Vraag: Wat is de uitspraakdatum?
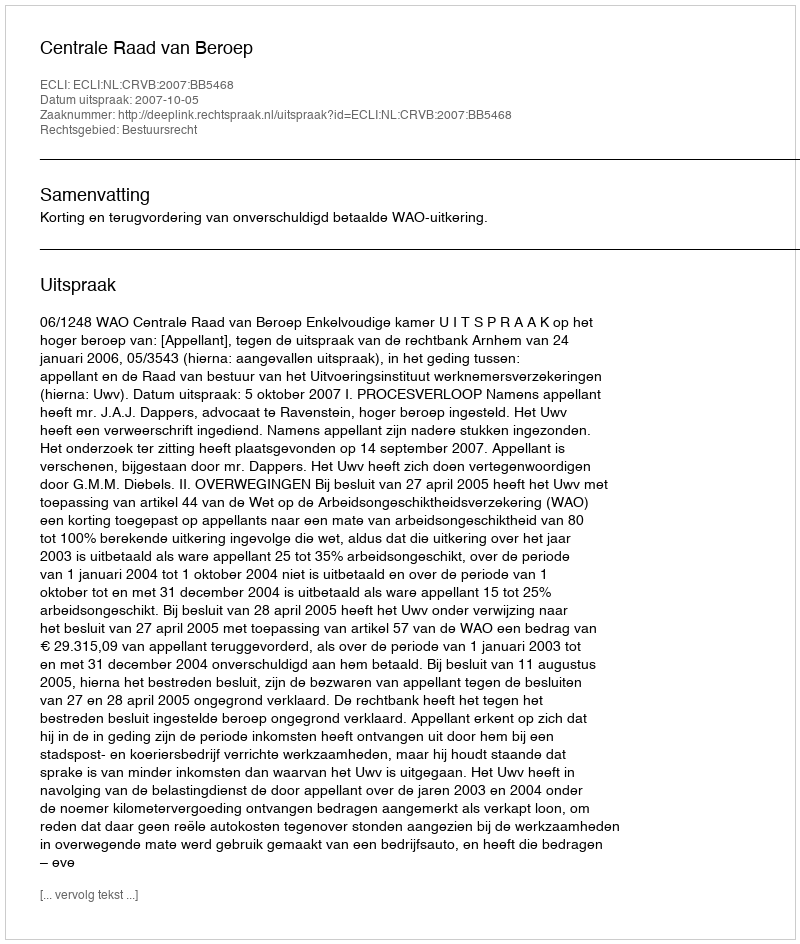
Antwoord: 2007-10-05